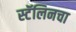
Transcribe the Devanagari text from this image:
स्टॅलिनचा